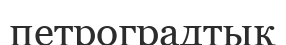
петроградтық